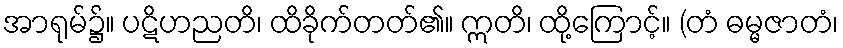
အာရုမ်၌။ ပဋိဟညတိ၊ ထိခိုက်တတ်၏။ ဣတိ၊ ထို့ကြောင့်။ (တံ ဓမ္မဇာတံ၊